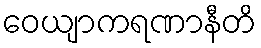
ဝေယျာကရဏာနီတိ